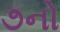
૭નો